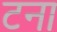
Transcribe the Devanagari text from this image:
टना